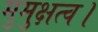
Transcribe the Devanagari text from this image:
मुमुक्षत्व।